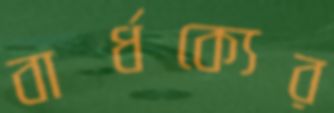
বার্ধক্যের